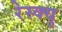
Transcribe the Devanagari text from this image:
रेस्क्यु